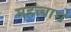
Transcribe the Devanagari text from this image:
महत्त्वाच्चे